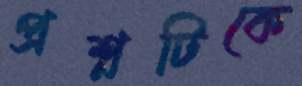
প্রশ্নটিকে